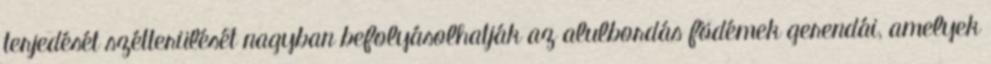
terjedését szétterülését nagyban befolyásolhatják az alulbordás födémek gerendái, amelyek